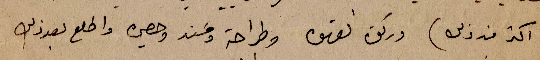
اكثر من ذلك) وركوة القهوة وطراحة ومسند وحصيرة واطلع بعد ذلك